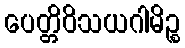
ပေတ္တိဝိသယဂါမိဉ္စ